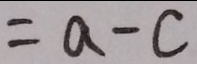
= a - c